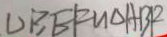
\Delta B E F \sim \Delta A B F